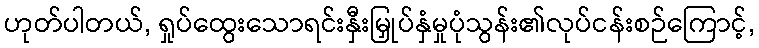
ဟုတ်ပါတယ်, ရှုပ်ထွေးသောရင်းနှီးမြှုပ်နှံမှုပုံသွန်း၏လုပ်ငန်းစဉ်ကြောင့်,